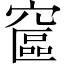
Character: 䆰